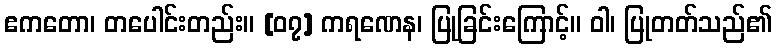
ဧကတော၊ တပေါင်းတည်း။ [၀၇] ကရဏေန၊ ပြုခြင်းကြောင့်။ ဝါ၊ ပြုတတ်သည်၏